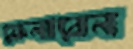
ফেনাবেন